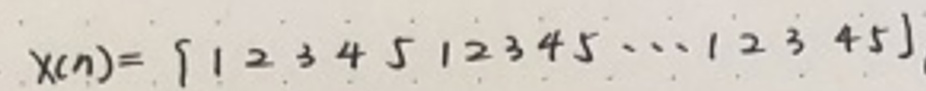
\[
x(n)= [1\ 2\ 3\ 4\ 5\ 1\ 2\ 3\ 4\ 5\ \cdots\ 1\ 2\ 3\ 4\ 5]
\]